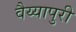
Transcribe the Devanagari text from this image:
वैय्यापुरी